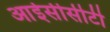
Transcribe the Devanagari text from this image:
आईसीसीटी